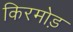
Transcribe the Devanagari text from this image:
किरमोड़